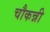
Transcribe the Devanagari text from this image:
चौकन्नी